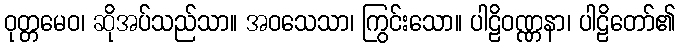
ဝုတ္တမေဝ၊ ဆိုအပ်သည်သာ။ အဝသေသာ၊ ကြွင်းသော။ ပါဠိဝဏ္ဏနာ၊ ပါဠိတော်၏